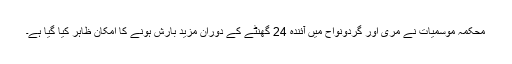
محکمہ موسمیات نے مری اور گردونواح میں آئندہ 24 گھنٹے کے دوران مزید بارش ہونے کا امکان ظاہر کیا گیا ہے۔